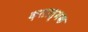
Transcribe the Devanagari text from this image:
क़लात्मक